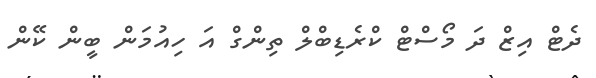
ދެޓް އިޒް ދަ މޯސްޓް ކްރެޑިބްލް ތިންގް އަ ހިއުމަން ބީން ކޭން